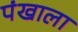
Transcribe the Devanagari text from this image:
पंखाला